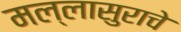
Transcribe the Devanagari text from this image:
मल्लासुराचे